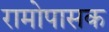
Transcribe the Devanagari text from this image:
रामोपासक